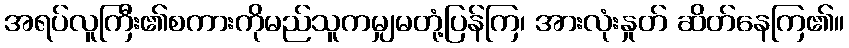
အရပ်လူကြီး၏စကားကိုမည်သူကမျှမတုံ့ပြန်ကြ၊ အားလုံးနှုတ် ဆိတ်နေကြ၏။